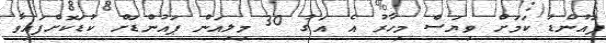
ޕައުންޑު ކަމަށް ވިޔަސް މިހާރު އެ އަގު 30 މިލިއަން ޕައުންޑަށް ކުޑަކޮށްފައިވާ